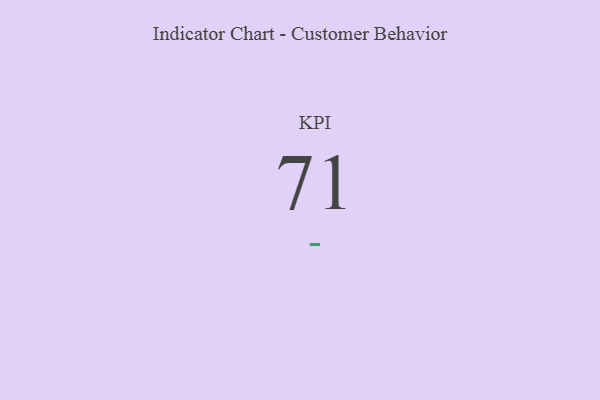
{"axis": {"x": "KPI", "y": "Value"}, "legend": [""], "data": [{"x": "KPI", "y": 71, "type": ""}]}